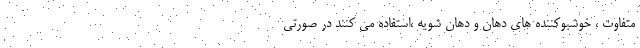
متفاوت ، خوشبوکننده های دهان و دهان شویه ،استفاده می کنند در صورتی